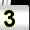
Digit: 3